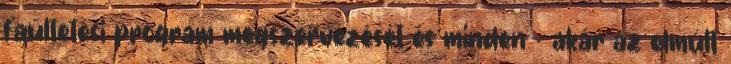
faültetési program megszervezését és minden – akár az elmúlt